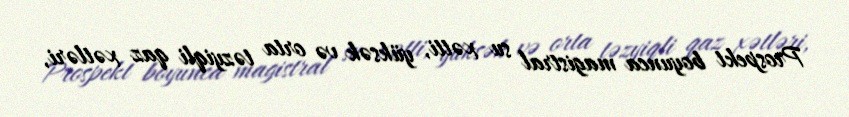
Prospekt boyunca magistral su xətti, yüksək və orta təzyiqli qaz xətləri,